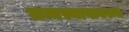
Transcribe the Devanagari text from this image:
जन्मस्थानावरुन